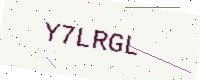
Text: Y7LRGL